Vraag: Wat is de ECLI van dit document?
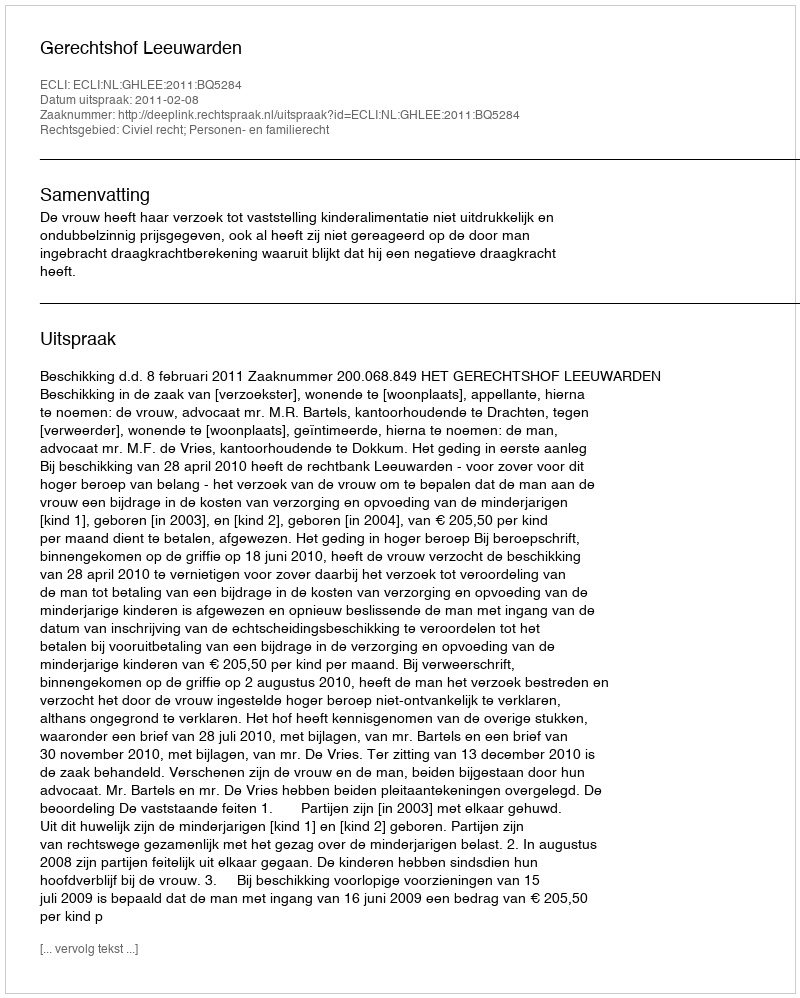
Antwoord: ECLI:NL:GHLEE:2011:BQ5284